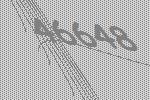
46648